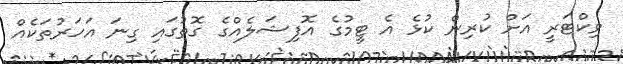
ވިކްޓަރީ އަށް ކުރިން ކުޅެ އެ ޓީމުގެ އޮފިޝަލެއްގެ ގޮތުގައި ގިނަ އަހަރުތަކެއް